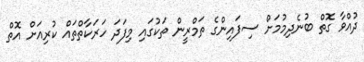
ދުއްވާ ގޮތް ބުނެދިމުމަށް ސިފައިންގެ ތަމްރީން ތަކުގައި މިފަދަ ހަރަކާތްތައް ކުރިއަށް އޮތް